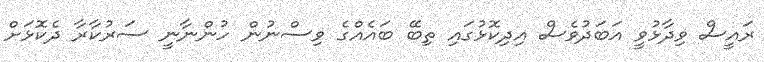
ރައީސް ވިދާޅުވީ އަބަދުވެސް އިދިކޮޅުގައި ތިބޭ ބައެއްގެ ވިސްނުން ހުންނާނީ ސަރުކާރާ ދެކޮޅަށް